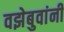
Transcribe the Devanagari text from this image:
वझेबुवांनी